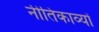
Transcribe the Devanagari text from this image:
नीतिकाव्यों